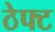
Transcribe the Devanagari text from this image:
ठेफ्ट